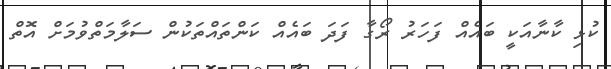
ކުޅި ކާނާއަކީ ބައެއް ފަހަރު ރޯގާ ފަދަ ބައެއް ކަންތައްތަކުން ސަލާމަތްވުމަށް އޮތް